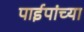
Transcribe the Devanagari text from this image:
पाईपांच्या